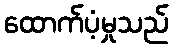
ထောက်ပံ့မှုသည်